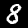
Digit: 8